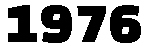
1976